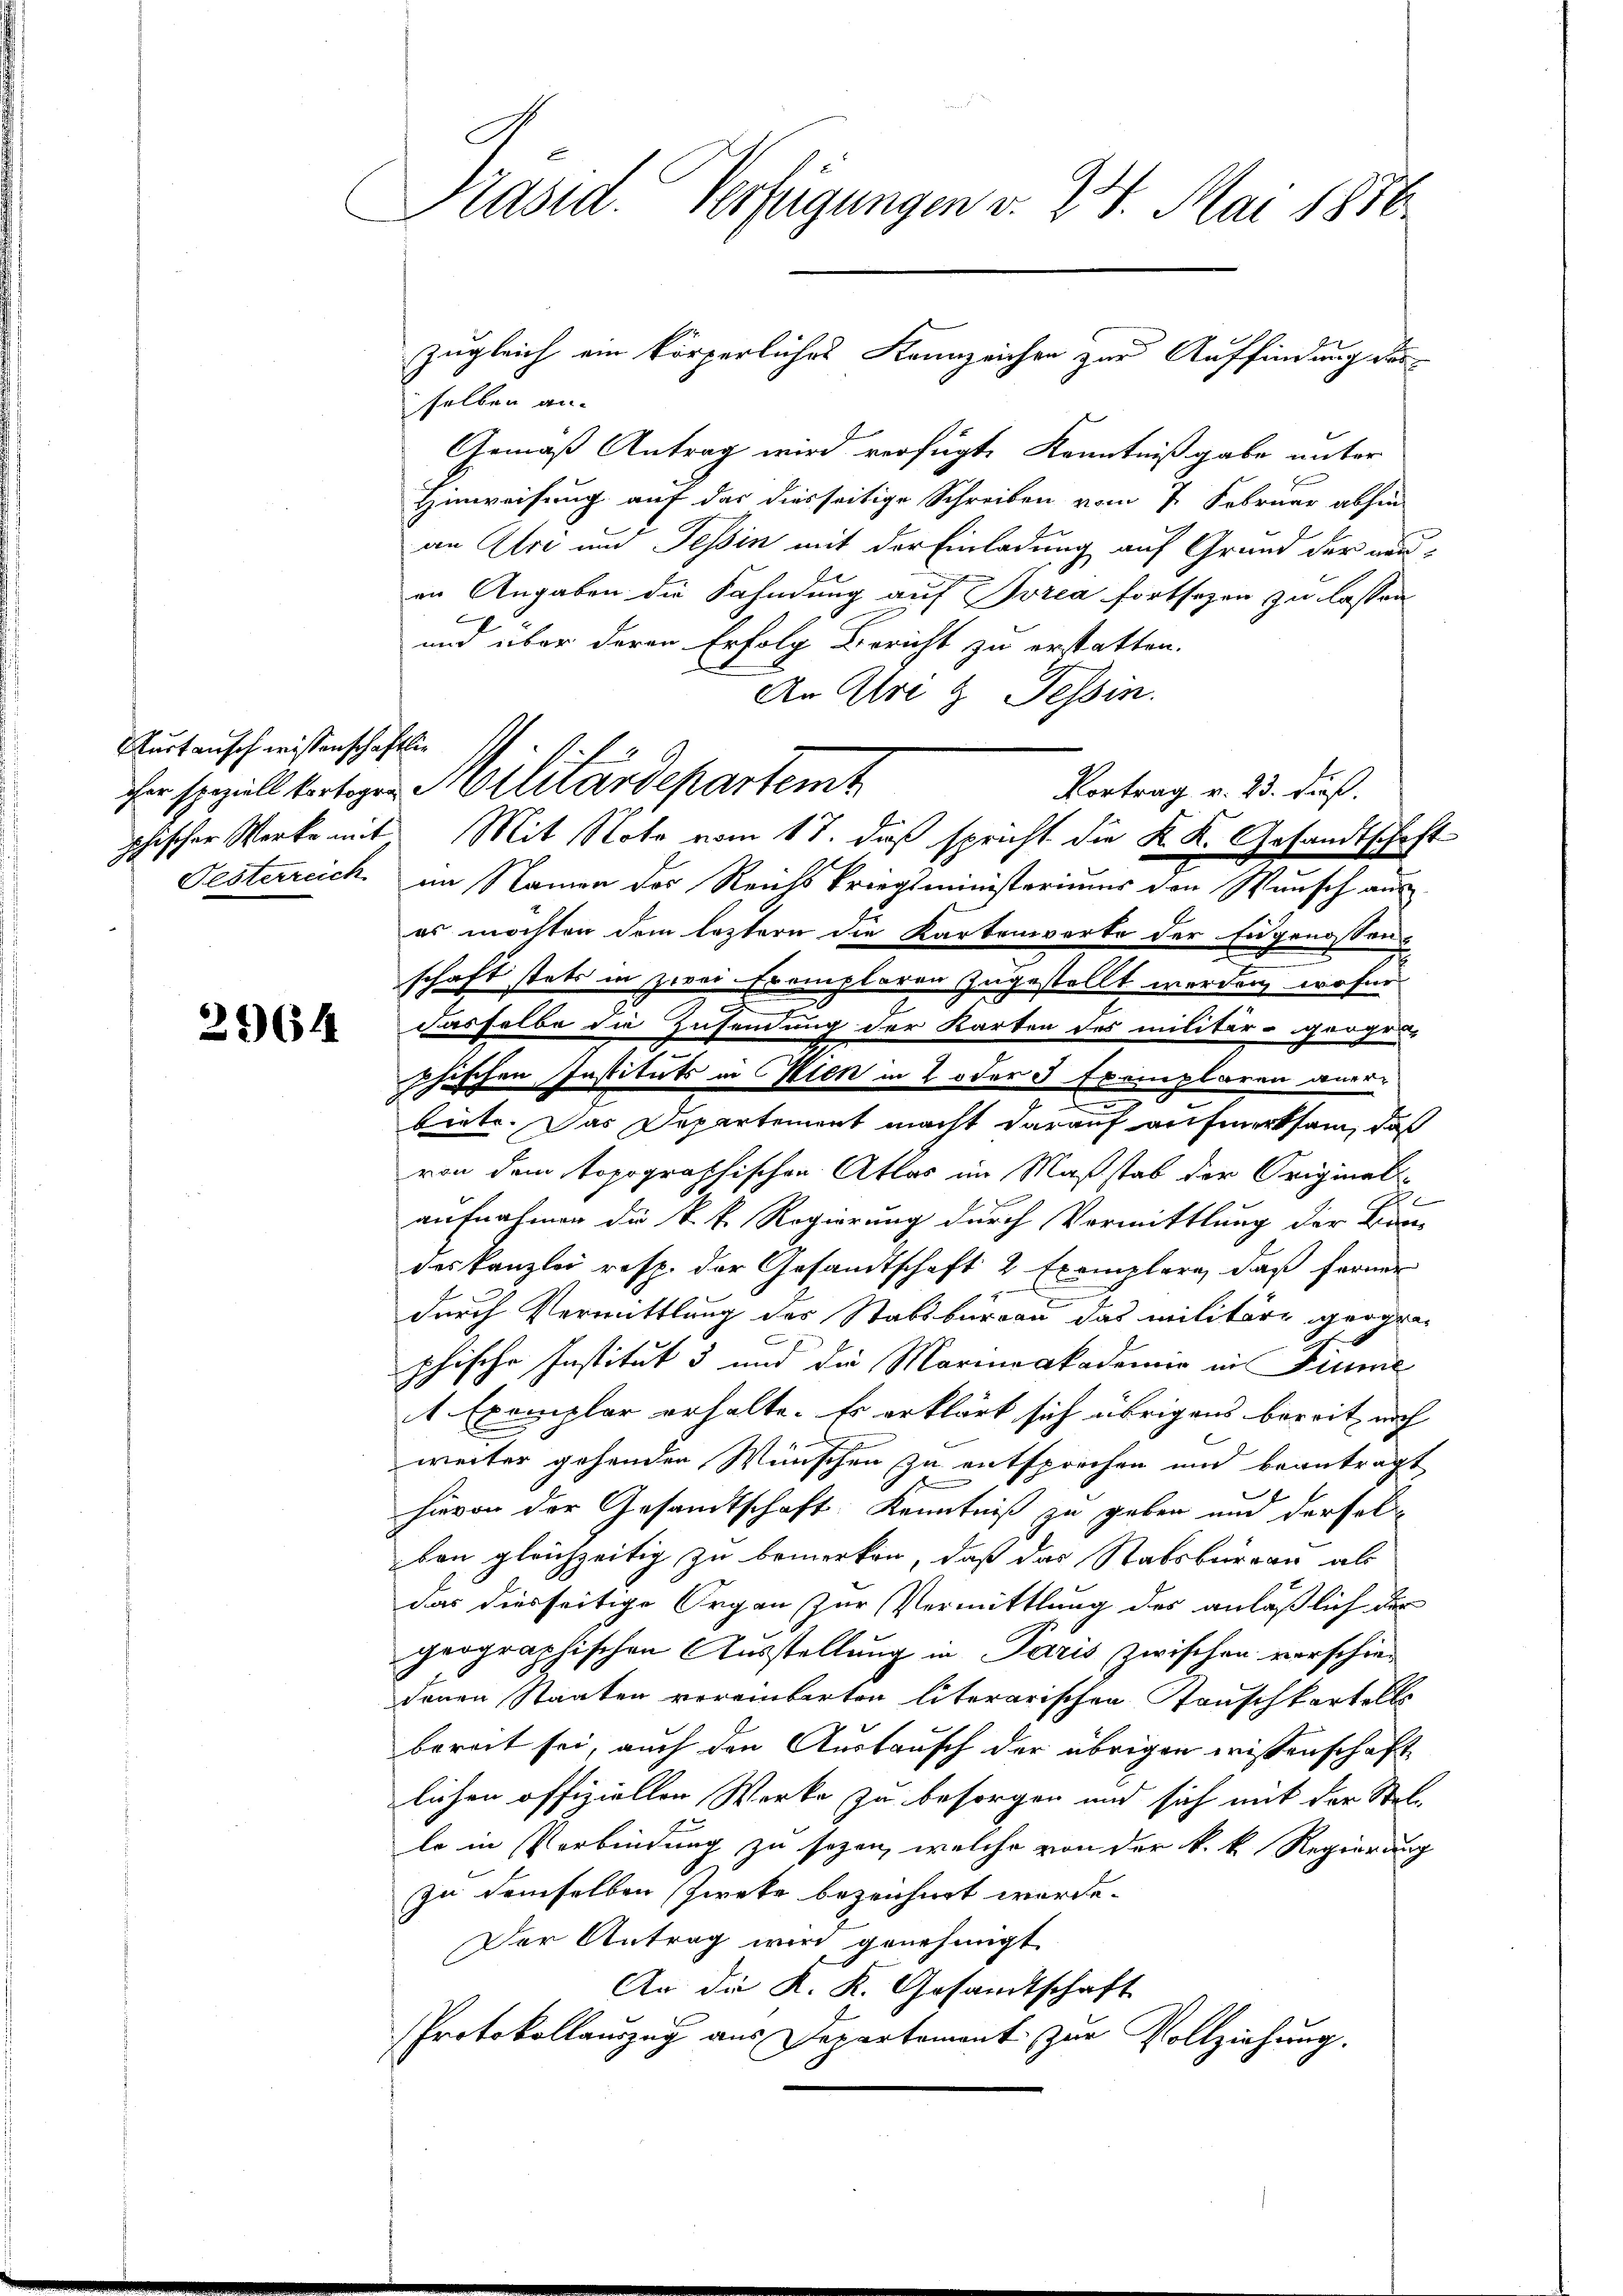
Surtausch wissenschaftlich

2964

Präsid. Verfügungen v. 24. Mai 1886.

selben an-
Gemäß Antrag wird verfügte Kenntnißgabe unter
Hinweisung auf das diesseitige Schreiben vom 7. Februar abhin
an Uri und Tessin mit der Einladung auf Grund der neuen Angaben die Fahndung auf Burea fortsezen zu lassen
6
und über deren Erfolg Bericht zu erstatten.
An Uri & Tessin.
Vortrag v. 23. Fuß.
phischer Werke mit Mit Note vom 17. daß spricht die K. K. Gesandtschaft¬
Festerreich im Namen des Reichskriegsministeriums den Wunsch aus
es möchten dem leztern die Kartenwarte der Eugenossens
schaft stets in zwei Exemplaren zugestellt werden, wofür
dasselbe die Zusendung der Karten des militär-groges-
phischen Instituts in Peten in 2 oder 3 Exemplaren anert
E
biete. Das Departement macht darauf aufmerksam, daß
von dem topographischen Atlas im Maßstab der Original-
aufnahmen die k. k. Regierung durch Vermittlung der Bran
deskanzlei resp. der Gesamtschaft 2 Exemplare, daß ferner
.
durch Vermittlung des Stabsbureau das militäre geographische Institut 5 und die Marinaakademie in Fiume
1 Exemplar erhalte. Es erklärt sich übrigens bereit nich
weiter gehenden Wünschen zu entsprechen und beantragt

hievon der Gesandtschaft Kenntniß zu geben und derselben gleichzeitig zu bemerken, daß das Stabsburgau als
das diesseitige Organ zur Vermittlung des anläßlich der
prographischen Ausstellung in Paris zwischen verschiedenen Staaten vereinbarten literarischen Tauschkartell
bereit sei, auch den Austausch der übrigen wissenschaft
lichen offiziellen Werke zu besorgen und sich mit der Stelle in Verbindung zu sezen, welche von der k. k. Regierung
zu demselben Zweke bezeichnet werde.
Der Antrag wird genehmigt
An die K. K. Gesandtschaft
Protokollauszug aus Departement zur Vollziehung.

her speziell fertigen Militärdepartemt

zugleich ein körperliches Kennzeichen zur Auffindung der